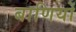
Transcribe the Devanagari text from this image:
बाणियों